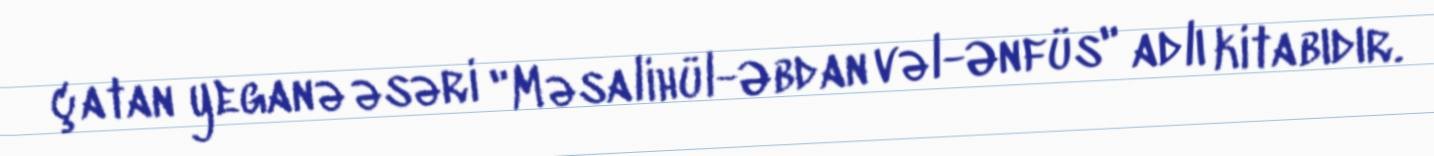
çatan yeganə əsəri "Məsalihül-Əbdan vəl-Ənfüs" adlı kitabıdır.